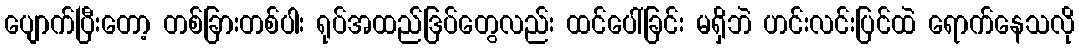
ပျောက်ပြီးတော့ တစ်ခြားတစ်ပါး ရုပ်အထည်ဒြပ်တွေလည်း ထင်ပေါ်ခြင်း မရှိဘဲ ဟင်းလင်းပြင်ထဲ ရောက်နေသလို